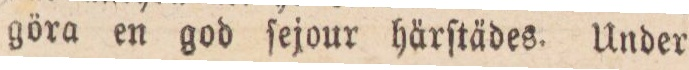
göra en god ſejour härſtädes. Under